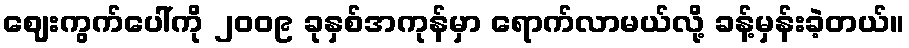
ဈေးကွက်ပေါ်ကို ၂၀၀၉ ခုနှစ်အကုန်မှာ ရောက်လာမယ်လို့ ခန့်မှန်းခဲ့တယ်။